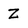
Character: Z